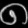
Digit: ၈